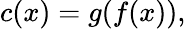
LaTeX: c(x)=g(f(x)),